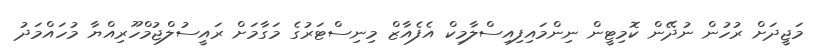
މަޖީދަށް ރުހުން ނުދޭން ކޮމިޓީން ނިންމައިފިއިސްލާމިކް އެފެއާޒް މިނިސްޓަރުގެ މަގާމަށް ރައީސުލްޖުމްހޫރިއްޔާ މުހައްމަދު